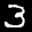
Label: 3